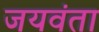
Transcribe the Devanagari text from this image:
जयवंता